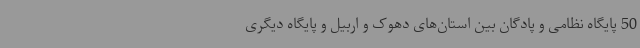
50 پایگاه نظامی و پادگان بین استان‌های دهوک و اربیل و پایگاه دیگری